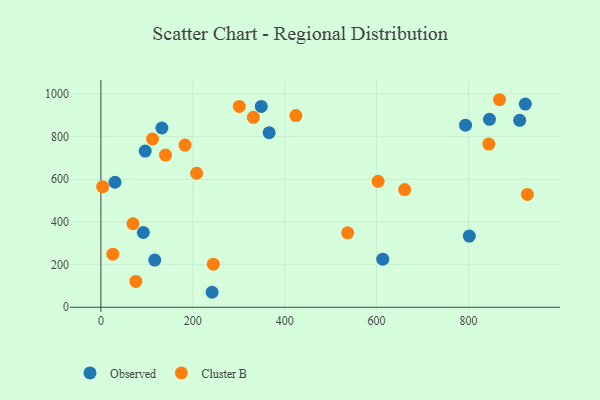
{"axis": {"x": "Investment", "y": "Exam Score"}, "legend": ["Cluster B", "Observed"], "data": [{"x": "613.6", "y": 225.5, "type": "Observed"}, {"x": "845.8", "y": 881.1, "type": "Observed"}, {"x": "30.7", "y": 586.0, "type": "Observed"}, {"x": "92.4", "y": 350.3, "type": "Observed"}, {"x": "132.8", "y": 840.2, "type": "Observed"}, {"x": "349.1", "y": 941.4, "type": "Observed"}, {"x": "96.5", "y": 732.0, "type": "Observed"}, {"x": "911.5", "y": 876.3, "type": "Observed"}, {"x": "117.2", "y": 221.3, "type": "Observed"}, {"x": "793.7", "y": 853.4, "type": "Observed"}, {"x": "923.8", "y": 952.4, "type": "Observed"}, {"x": "366.3", "y": 818.2, "type": "Observed"}, {"x": "242.1", "y": 70.2, "type": "Observed"}, {"x": "801.9", "y": 333.6, "type": "Observed"}, {"x": "140.7", "y": 713.2, "type": "Cluster B"}, {"x": "928.3", "y": 528.8, "type": "Cluster B"}, {"x": "867.7", "y": 972.8, "type": "Cluster B"}, {"x": "301.3", "y": 941.5, "type": "Cluster B"}, {"x": "76.1", "y": 121.1, "type": "Cluster B"}, {"x": "3.8", "y": 565.2, "type": "Cluster B"}, {"x": "69.9", "y": 391.4, "type": "Cluster B"}, {"x": "844.4", "y": 765.1, "type": "Cluster B"}, {"x": "183.1", "y": 760.0, "type": "Cluster B"}, {"x": "208.4", "y": 628.2, "type": "Cluster B"}, {"x": "331.9", "y": 890.5, "type": "Cluster B"}, {"x": "26.1", "y": 248.6, "type": "Cluster B"}, {"x": "661.2", "y": 551.7, "type": "Cluster B"}, {"x": "244.7", "y": 201.7, "type": "Cluster B"}, {"x": "112.4", "y": 788.6, "type": "Cluster B"}, {"x": "537.1", "y": 348.7, "type": "Cluster B"}, {"x": "603.4", "y": 590.1, "type": "Cluster B"}, {"x": "424.4", "y": 898.3, "type": "Cluster B"}]}